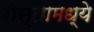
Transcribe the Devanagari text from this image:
रास्तामध्ये